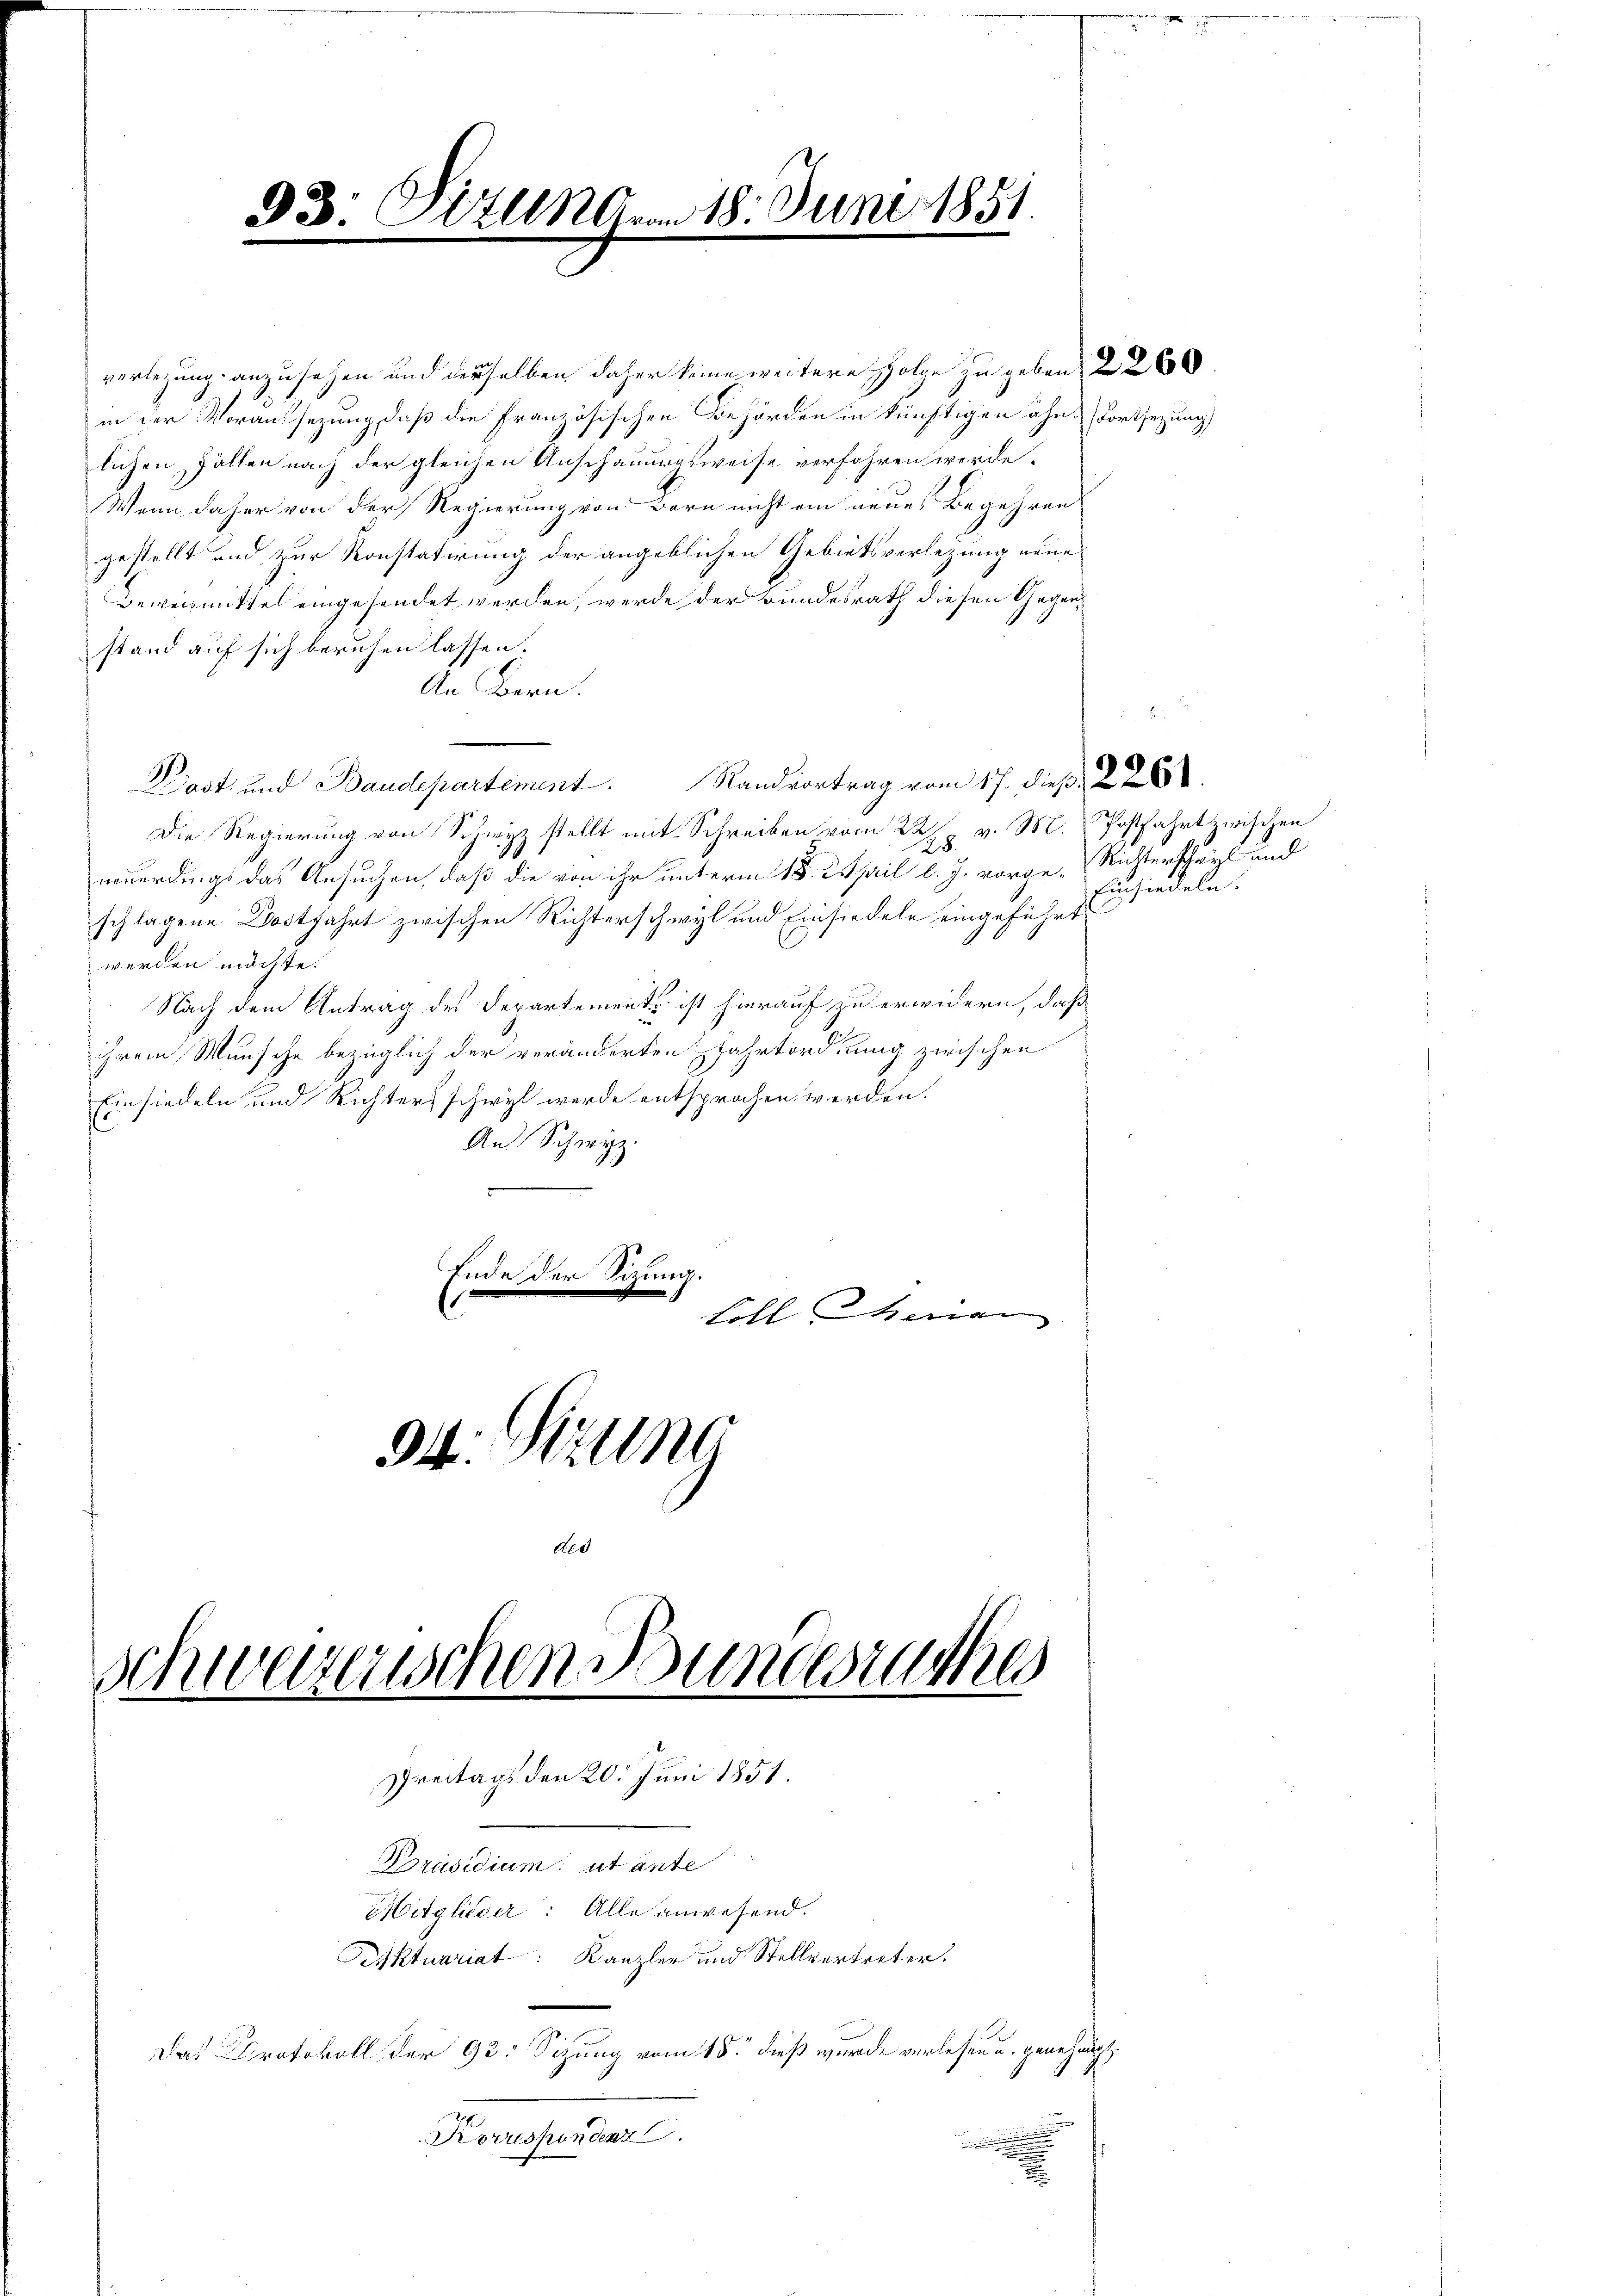
93: Dittmann 18. Juni 1851.

verlegung anzusehen und derselben daher keine weitere Folge zu geben 2260
in der Voraussezung, daß die Französischen Behörden in künftigen ähn-Fortsetzung
lichen Fällen nach der gleichen Anschauungsweise verfahren werde.
Wenn daher von der Regierung von Bern nicht ein neues Begehren
gestellt und zur Konstatirung der angeblichen Gebietsverletzung neue
Beweismittel eingesendet werden, werde der Bundesrath diesen Gegenstand auf sich beruhen lassen.
An Bern,
Dost- und Baudepartement. Randvortrag vom 17. dieß. 226.
Die Regierung von Schwyz stellt mit Schreiben vom 22/2 v. M. Postfahrt zwischen
neuerdings das Ansuchen, daß die von ihr unterm 18. April l. J. vorge-Richterschwyl und
schlagene Dostfahrt zwischen Richterschwyl und Einsiedeln eingeführt
werden möchte.
Nach dem Antrag des Departement ist hierauf zu erwidern, daß
ihrem Wunsche bezüglich der veränderten Zahrtordnung zwischen
Einsiedeln und Richter schwyl werde entsprochen werden.
An Schwyz
Ende der Sizung.
koll heran

Korrespondenz

94. Strun
S. 60
Schweizerischen Bundesrathes
8
r
Dreitags den 20. Juni 1851.
Serassen, altende
Mitglieder: Alle anwesend.
Diktuariat Kanzler und Stellvertreter.
Das Protokoll der 93: Sizung vom 18. dieß wurde verlesen u. genehmigt.
94

Einsiedeln.